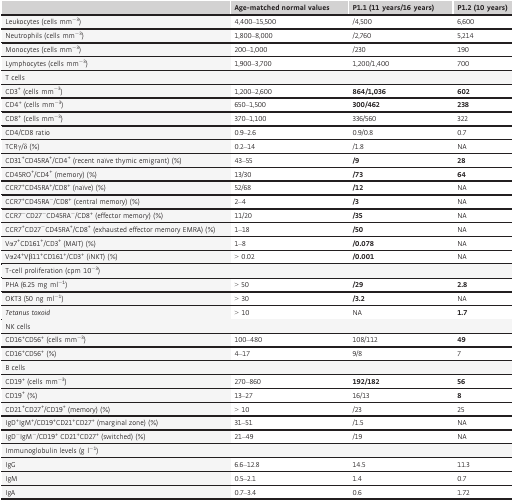
<table><thead><tr><td></td><td><b>Age‐matched normal values</b></td><td><b>P1.1 (11 years/16 years)</b></td><td><b>P1.2 (10 years)</b></td></tr></thead><tbody><tr><td>Leukocytes (cells mm<sup>−3</sup>)</td><td>4,400–15,500</td><td>/4,500</td><td>6,600</td></tr><tr><td>Neutrophils (cells mm<sup>−3</sup>)</td><td>1,800–8,000</td><td>/2,760</td><td>5,214</td></tr><tr><td>Monocytes (cells mm<sup>−3</sup>)</td><td>200–1,000</td><td>/230</td><td>190</td></tr><tr><td>Lymphocytes (cells mm<sup>−3</sup>)</td><td>1,900–3,700</td><td>1,200/1,400</td><td>700</td></tr><tr><td colspan="4">T cells</td></tr><tr><td>CD3<sup>+</sup> (cells mm<sup>−3</sup>)</td><td>1,200–2,600</td><td><b>864/1,036</b></td><td><b>602</b></td></tr><tr><td>CD4<sup>+</sup> (cells mm<sup>−3</sup>)</td><td>650–1,500</td><td><b>300/462</b></td><td><b>238</b></td></tr><tr><td>CD8<sup>+</sup> (cells mm<sup>−3</sup>)</td><td>370–1,100</td><td>336/560</td><td>322</td></tr><tr><td>CD4/CD8 ratio</td><td>0.9–2.6</td><td>0.9/0.8</td><td>0.7</td></tr><tr><td>TCRγ/δ (%)</td><td>0.2–14</td><td>/1.8</td><td>NA</td></tr><tr><td>CD31<sup>+</sup>CD45RA<sup>+</sup>/CD4<sup>+</sup> (recent naïve thymic emigrant) (%)</td><td>43–55</td><td><b>/9</b></td><td><b>28</b></td></tr><tr><td>CD45RO<sup>+</sup>/CD4<sup>+</sup> (memory) (%)</td><td>13/30</td><td><b>/73</b></td><td><b>64</b></td></tr><tr><td>CCR7<sup>+</sup>CD45RA<sup>+</sup>/CD8<sup>+</sup> (naïve) (%)</td><td>52/68</td><td><b>/12</b></td><td>NA</td></tr><tr><td>CCR7<sup>+</sup>CD45RA<sup>−</sup>/CD8<sup>+</sup> (central memory) (%)</td><td>2–4</td><td><b>/3</b></td><td>NA</td></tr><tr><td>CCR7<sup>−</sup>CD27<sup>−</sup>CD45RA<sup>−</sup>/CD8<sup>+</sup> (effector memory) (%)</td><td>11/20</td><td><b>/35</b></td><td>NA</td></tr><tr><td>CCR7<sup>+</sup>CD27<sup>−</sup>CD45RA<sup>+</sup>/CD8<sup>+</sup> (exhausted effector memory EMRA) (%)</td><td>1–18</td><td><b>/50</b></td><td>NA</td></tr><tr><td>Vα7<sup>+</sup>CD161<sup>+</sup>/CD3<sup>+</sup> (MAIT) (%)</td><td>1–8</td><td><b>/0.078</b></td><td>NA</td></tr><tr><td>Vα24<sup>+</sup>Vβ11<sup>+</sup>CD161<sup>+</sup>/CD3<sup>+</sup> (iNKT) (%)</td><td>&gt; 0.02</td><td><b>/0.001</b></td><td>NA</td></tr><tr><td colspan="4">T‐cell proliferation (cpm 10<sup>−3</sup>)</td></tr><tr><td>PHA (6.25 mg ml<sup>−1</sup>)</td><td>&gt; 50</td><td><b>/29</b></td><td><b>2.8</b></td></tr><tr><td>OKT3 (50 ng ml<sup>−1</sup>)</td><td>&gt; 30</td><td><b>/3.2</b></td><td>NA</td></tr><tr><td><i>Tetanus toxoid</i></td><td>&gt; 10</td><td>NA</td><td><b>1.7</b></td></tr><tr><td colspan="4">NK cells</td></tr><tr><td>CD16<sup>+</sup>CD56<sup>+</sup> (cells mm<sup>−3</sup>)</td><td>100–480</td><td>108/112</td><td><b>49</b></td></tr><tr><td>CD16<sup>+</sup>CD56<sup>+</sup> (%)</td><td>4–17</td><td>9/8</td><td>7</td></tr><tr><td colspan="4">B cells</td></tr><tr><td>CD19<sup>+</sup> (cells mm<sup>−3</sup>)</td><td>270–860</td><td><b>192/182</b></td><td><b>56</b></td></tr><tr><td>CD19<sup>+</sup> (%)</td><td>13–27</td><td>16/13</td><td><b>8</b></td></tr><tr><td>CD21<sup>+</sup>CD27<sup>+</sup>/CD19<sup>+</sup> (memory) (%)</td><td>&gt; 10</td><td>/23</td><td>25</td></tr><tr><td>IgD<sup>+</sup>IgM<sup>+</sup>/CD19<sup>+</sup>CD21<sup>+</sup>CD27<sup>+</sup> (marginal zone) (%)</td><td>31–51</td><td>/1.5</td><td>NA</td></tr><tr><td>IgD<sup>−</sup>IgM<sup>−</sup>/CD19<sup>+</sup> CD21<sup>+</sup>CD27<sup>+</sup> (switched) (%)</td><td>21–49</td><td>/19</td><td>NA</td></tr><tr><td colspan="4">Immunoglobulin levels (g l<sup>−1</sup>)</td></tr><tr><td>IgG</td><td>6.6–12.8</td><td>14.5</td><td>11.3</td></tr><tr><td>IgM</td><td>0.5–2.1</td><td>1.4</td><td>0.7</td></tr><tr><td>IgA</td><td>0.7–3.4</td><td>0.6</td><td>1.72</td></tr></tbody></table>